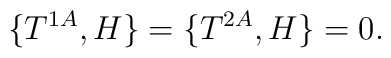
\{T^{1A}, H\}=\{T^{2A}, H\}=0 .